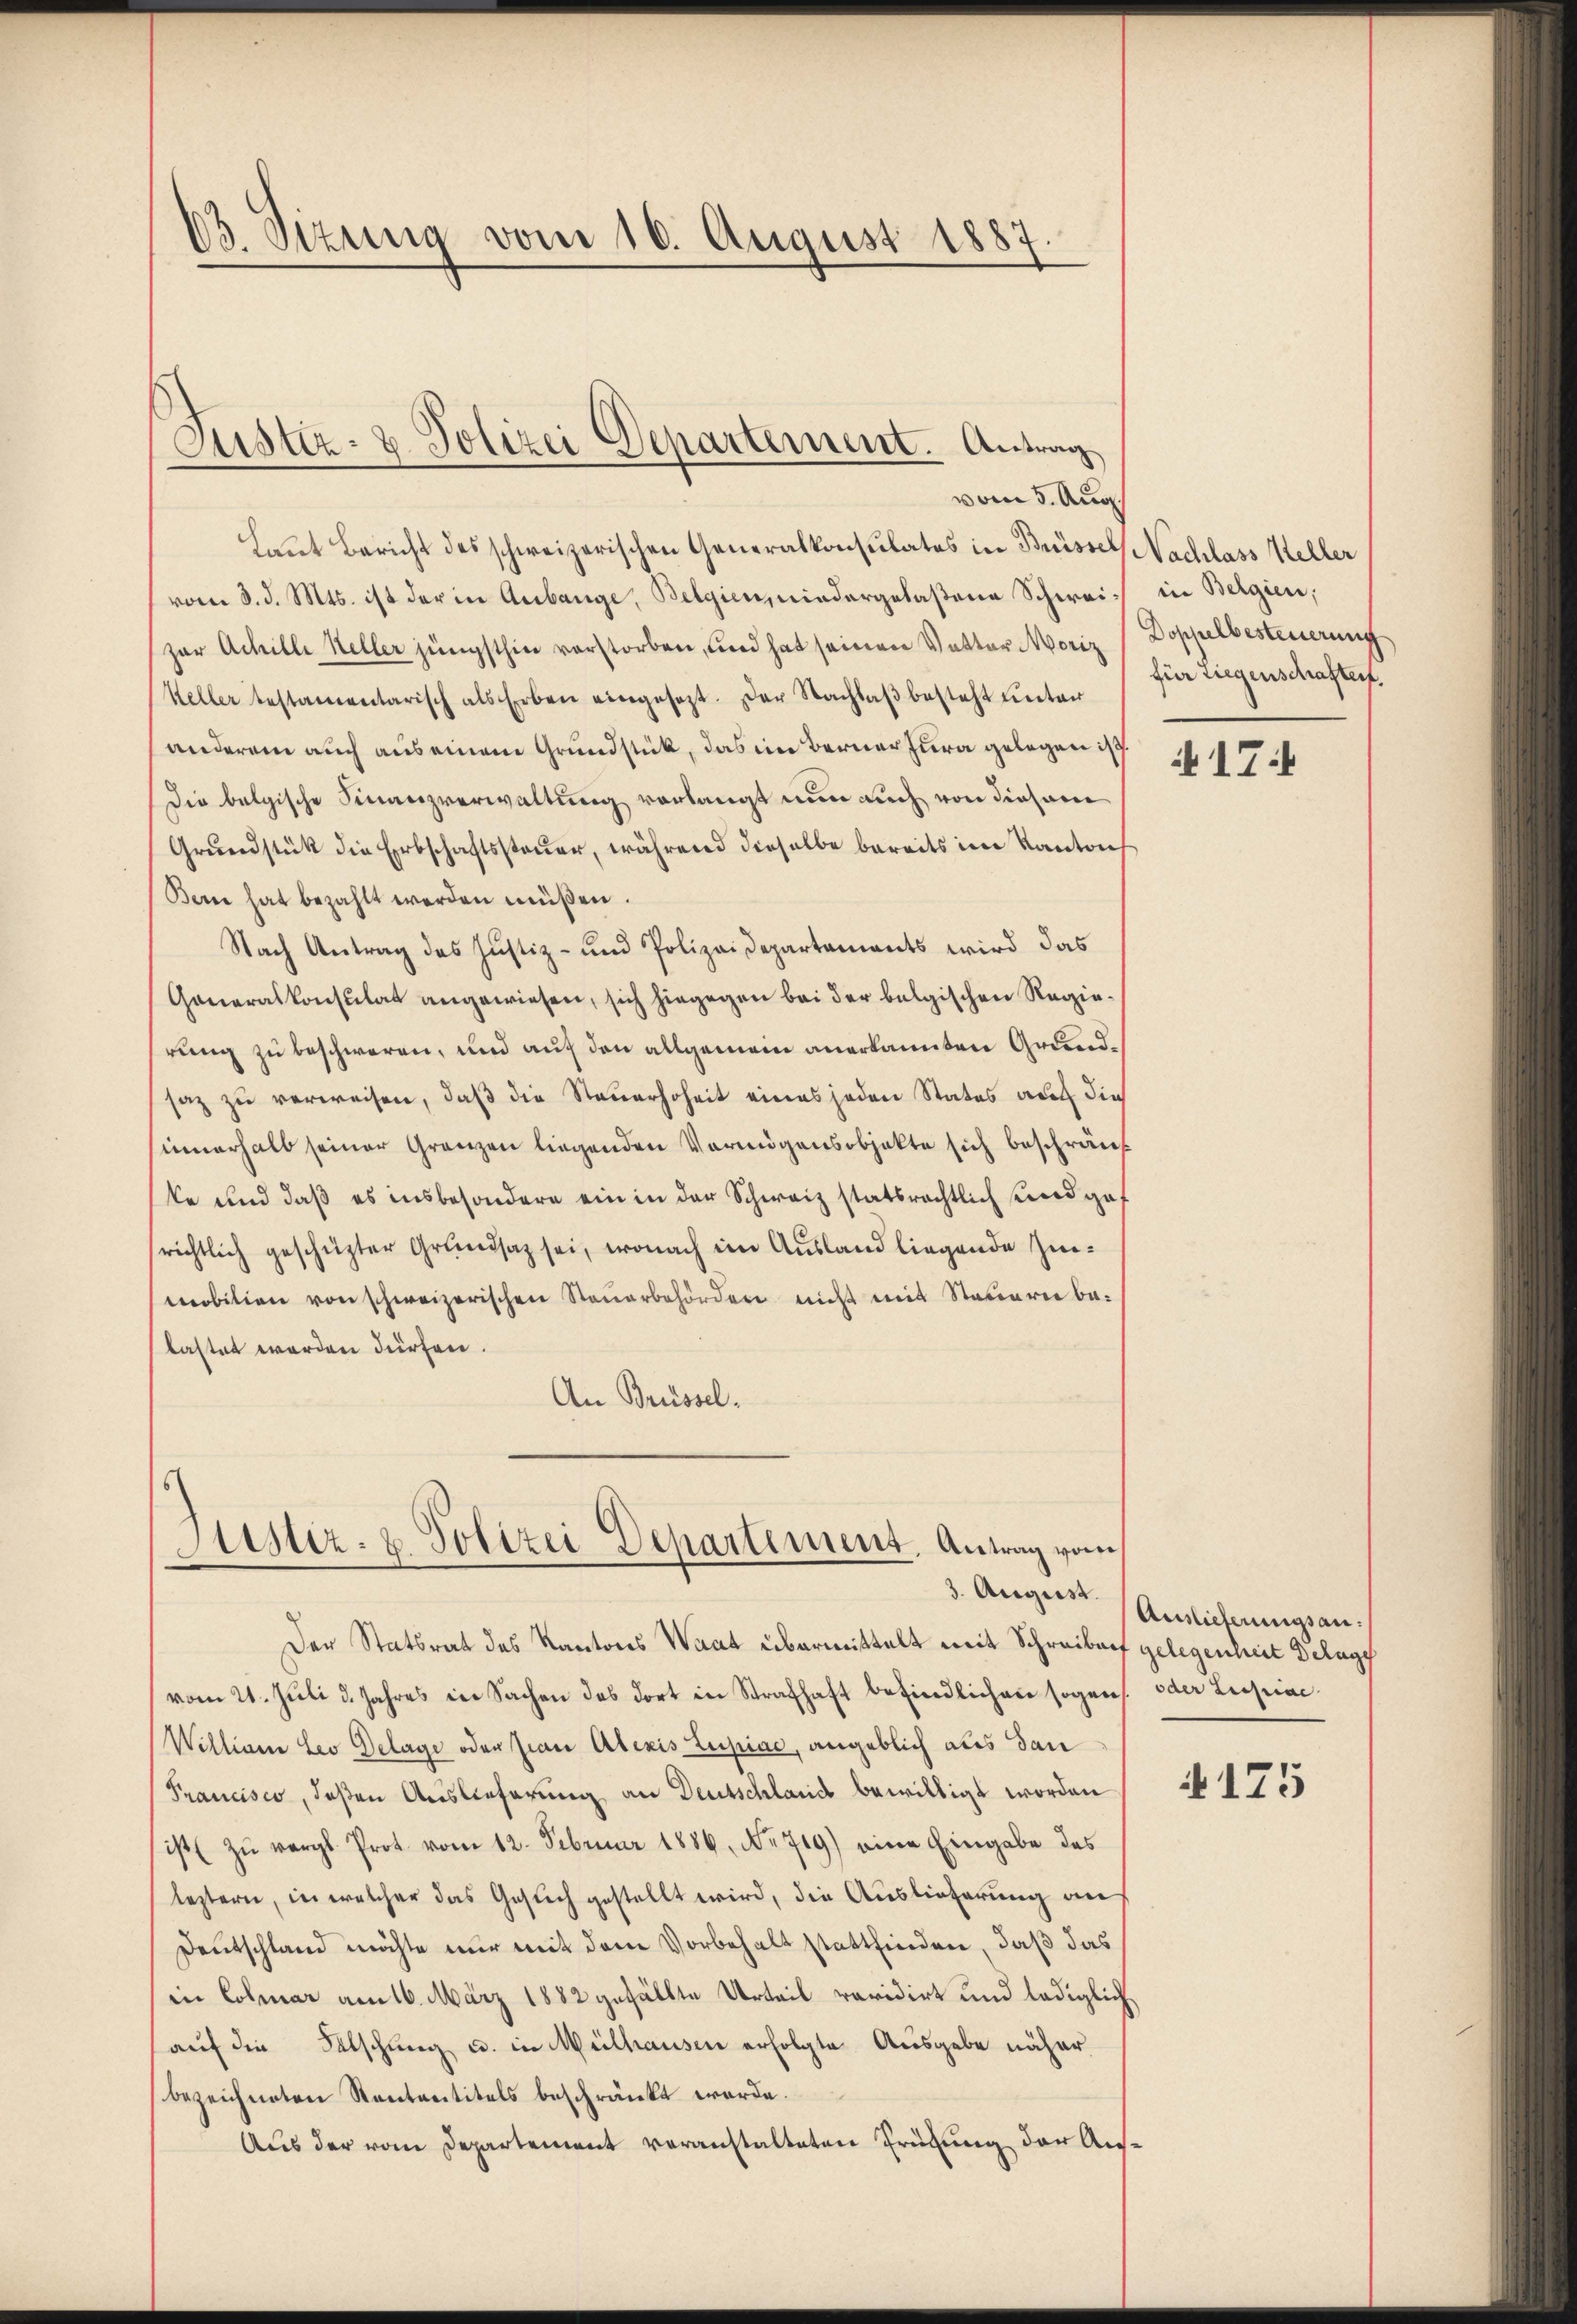
03. Sizung vom 10. August 1887.

Laut Bericht des schweizerischen Generalkonsulates in Brüssel, Nachlass Keller
vom 8. d. Mts. ist der in Anbange, Belgien, niedergelaßene Schweizur Achille Keller jüngsthin verstorben, und hat seinen Vetter Moriz Doppelbesteuerung
Keller testamentarisch als Erben eingesezt. Der Nachlaβ besteht unter
anderem auch aus einem Grundstück, das im Berner Jura gelegen ist
Die belgische Finanzverwaltung vorlangt nun auch von diesem
Grundstük die Erbschaftssteuer, während dieselbe bereits im Kantons
Bern hat bezahlt werden müßen.
Nach Antrag des Justiz- und Polizeidepartements wird das
Generalkonsulat angewiesen, sich hingegen bei der belgischen Regierung zu beschweren, und auf den allgemein anerkannten Grundsaz zu verweisen, daß die Steuerhoheit eines jeden States auch die
innerhalb seiner Gränzen liegenden Vermögensobjekte sich beschränk
ke und daß es insbesondere ein in der Schweiz statsrechtlich und gerichtlich geschützter Grundsaz sei, wonach im Ausland liegende Zinmobilien von schweizerischen Steuerbehörden nicht mit Steuern be-
lastet werden dürfen.
An Brüssel¬

Justiz- & Polizei Departement. Antrag
vom 5. Aug.

Sistiz- & Polizei Departement. Antrag vom

Der Statsrat des Kantons Waat übermittelt mit Schreiben gelegenheit Delage
vom 21. Juli d. Jahres in Sachen des dort in Strafhaft befindlichen sogen oder Lupiae
William Leo Delage oder sian Alexis Lupiae, angeblich als dan
Francisco, deßen Auslieferung an Deutschland bewilligt worden
ist zŭ vergl. Prot. vom 12. Februar 1886. No 719) eine Eingabe des
leztern, in welcher das Geslich gestellt wird, die Auslieferung an
Deutschland möchte nur mit dem Vorbehalt stattfinden, daß das
in Colmar am 16. März 1882 gefällte Urteil revidirt und lediglich
aŭf die Falschung u. in Mülhausen erfolgte Ausgabe näher
bezeichneten Rententitels beschränkt werde.
Aus der vom Departement veranstalteten Trübung der Aus¬

in Belgien,
für Liegenschaften.

17

3. Aergers Auslieferungsan.

125